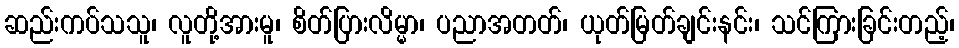
ဆည်းကပ်သသူ၊ လူတို့အားမူ၊ စိတ်ပြားလိမ္မာ၊ ပညာအတတ်၊ ယုတ်မြတ်ချင်းနင်း၊ သင်ကြားခြင်းတည့်၊